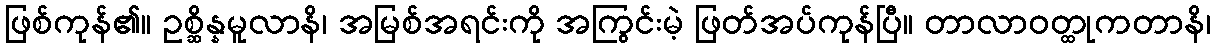
ဖြစ်ကုန်၏။ ဥစ္ဆိန္နမူလာနိ၊ အမြစ်အရင်းကို အကြွင်းမဲ့ ဖြတ်အပ်ကုန်ပြီ။ တာလာဝတ္ထုကတာနိ၊